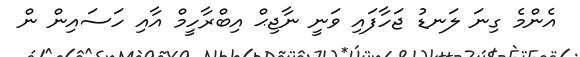
އެންމެ ގިނަ ލަނޑު ޖަހާފައި ވަނީ ނާޖިޙް އިބްރާހީމް އާއި ހަސައިން ން